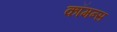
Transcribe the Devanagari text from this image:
कॉमन्‍स